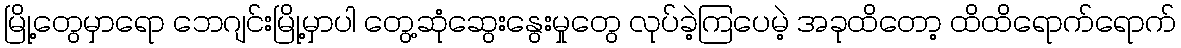
မြို့တွေမှာရော ဘေဂျင်းမြို့မှာပါ တွေ့ဆုံဆွေးနွေးမှုတွေ လုပ်ခဲ့ကြပေမဲ့ အခုထိတော့ ထိထိရောက်ရောက်